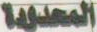
المحدودة